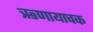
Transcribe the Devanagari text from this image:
ऋणायाचक